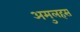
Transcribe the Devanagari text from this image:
अमुलहस